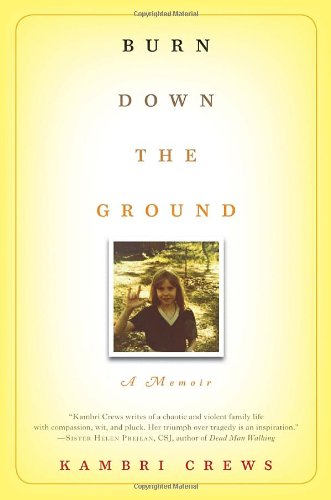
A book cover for Burn Down the Ground: A Memoir; Kambri Crews; Health, Fitness & Dieting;